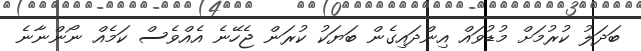
ބަދަލު ކުރުމަށް މުޑުވައް އިންދައިގެން ބަޔަކު ކުރަން ޖެހޭނެ އެއްވެސް ކަމެއް ނޯންނާނެ